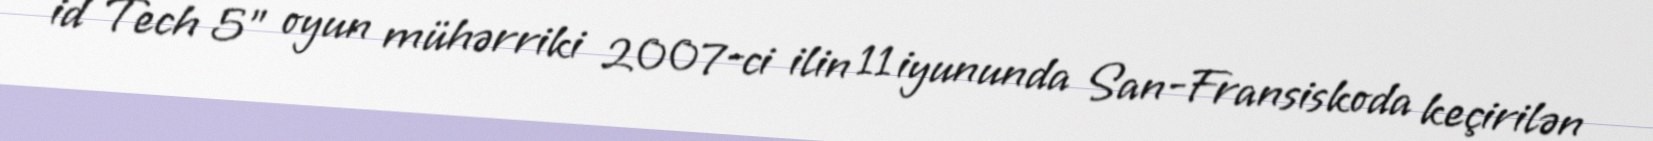
id Tech 5" oyun mühərriki 2007-ci ilin 11 iyununda San-Fransiskoda keçirilən